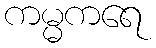
ကမ္မကရေ